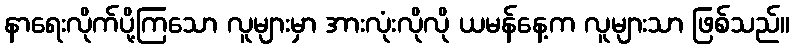
နာရေးလိုက်ပို့ကြသော လူများမှာ အားလုံးလိုလို ယမန်နေ့က လူများသာ ဖြစ်သည်။